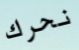
نحرك